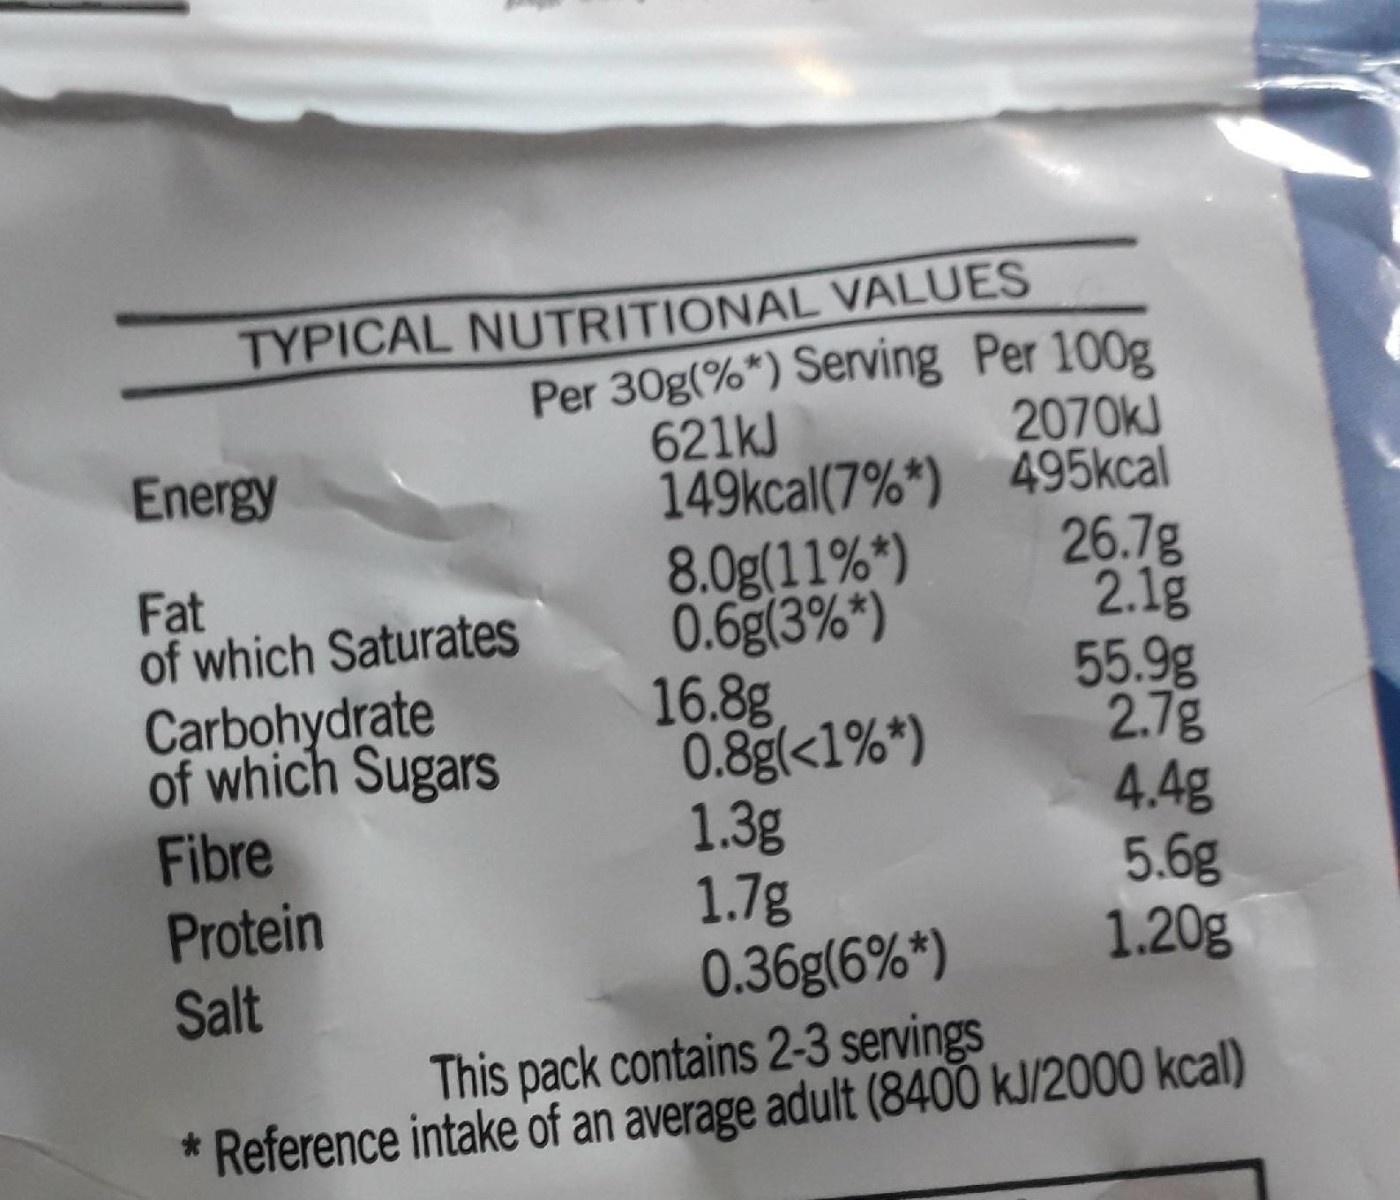
TYPICAL NUTRITIONAL VALUES Per 30g(%*) Serving Per 100g 2070KJ 149kcal(7%*) 495kcal 26.7g 2.1g 55.9g 2.7g 4.4g 5.6g 1.20g
621kJ
Energy
8.0g(11%*) 0.6g(3%*) 16.8g 0.8g(<1%*) 1.3g 1.7g 0.36g(6%*)
Fat of which Saturates
Carbohydrate of which Sugars
Fibre Protein Salt
This pack contains 2-3 servings * Reference intake of an average adult (8400 kJ/2000 kcal)